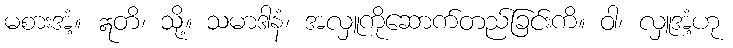
မစားအံ့။ ဣတိ၊ သို့။ သမာဒါနံ၊ အလှူကိုဆောက်တည်ခြင်းကိ။ ဝါ၊ လှူအံ့ဟု